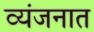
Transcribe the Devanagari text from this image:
व्यंजनात